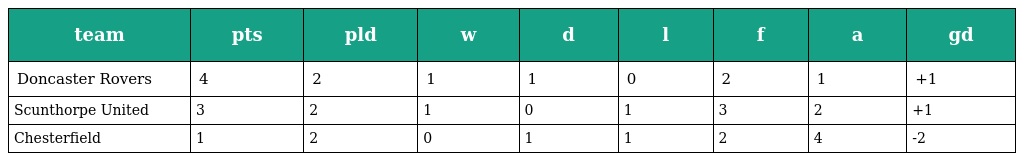
| team | pts | pld | w | d | l | f | a | gd |
 | --- | --- | --- | --- | --- | --- | --- | --- | --- |
 | Doncaster Rovers | 4 | 2 | 1 | 1 | 0 | 2 | 1 | +1 |
 | Scunthorpe United | 3 | 2 | 1 | 0 | 1 | 3 | 2 | +1 |
 | Chesterfield | 1 | 2 | 0 | 1 | 1 | 2 | 4 | -2 |